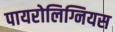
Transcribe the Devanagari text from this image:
पायरोलिग्नियस